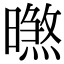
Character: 㬠